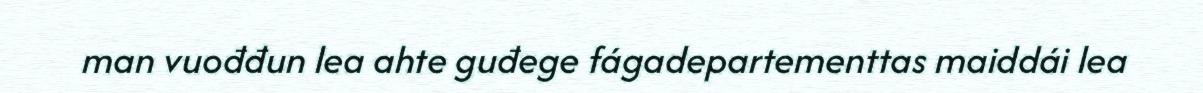
man vuođđun lea ahte guđege fágadepartementtas maiddái lea